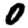
Digit: 0